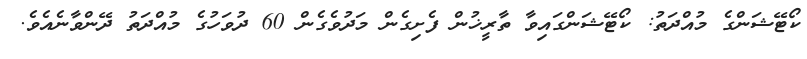
ކޯޓޭޝަންގެ މުއްދަތު: ކޯޓޭޝަންގައިވާ ތާރީޚުން ފެށިގެން މަދުވެގެން 60 ދުވަހުގެ މުއްދަތު ދޭންވާނެއެވެ.